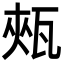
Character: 㼪